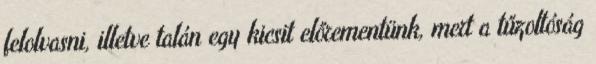
felolvasni, illetve talán egy kicsit előrementünk, mert a tűzoltóság